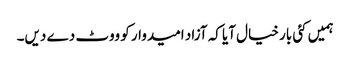
ہمیں کئی بار خیال آیا کہ آزاد امیدوار کو ووٹ دے دیں۔